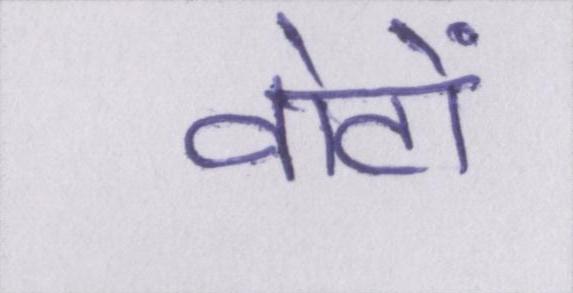
वोटों